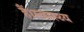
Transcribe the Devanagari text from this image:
हैं।स्वास्थ्य